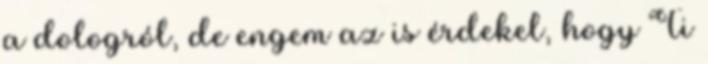
a dologról, de engem az is érdekel, hogy Ti